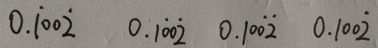
0 . \dot { 1 } 0 0 \dot { 2 } 0 . 1 \dot { 0 } 0 \dot { 2 } 0 . 1 0 \dot { 0 } \dot { 2 } 0 . 1 0 0 \dot { 2 }